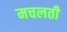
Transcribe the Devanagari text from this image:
मचलती